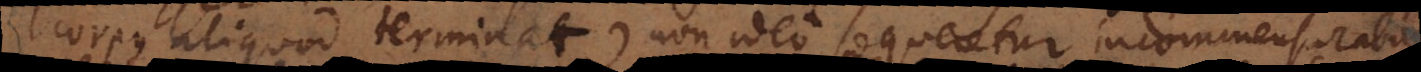
corpus aliquod terminat), non ideo sequeretur incommensurabi